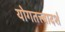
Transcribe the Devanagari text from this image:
योगतत्त्वादर्श